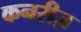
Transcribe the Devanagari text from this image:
कनरीज़